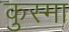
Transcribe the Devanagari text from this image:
कुस्मा